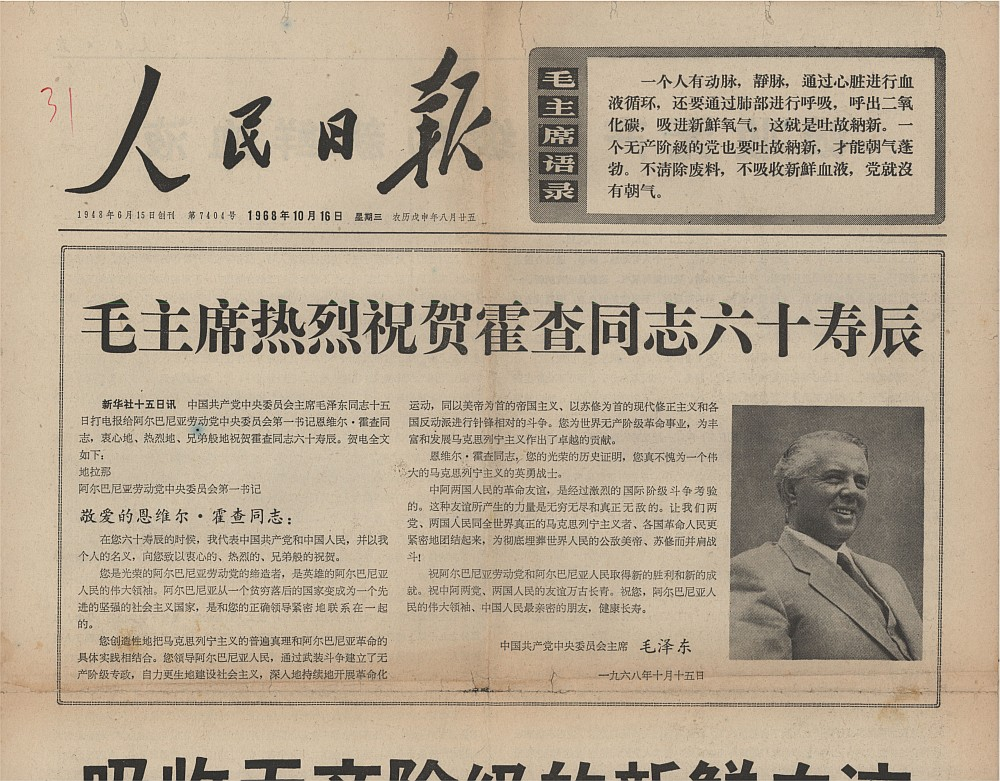
Language: zh